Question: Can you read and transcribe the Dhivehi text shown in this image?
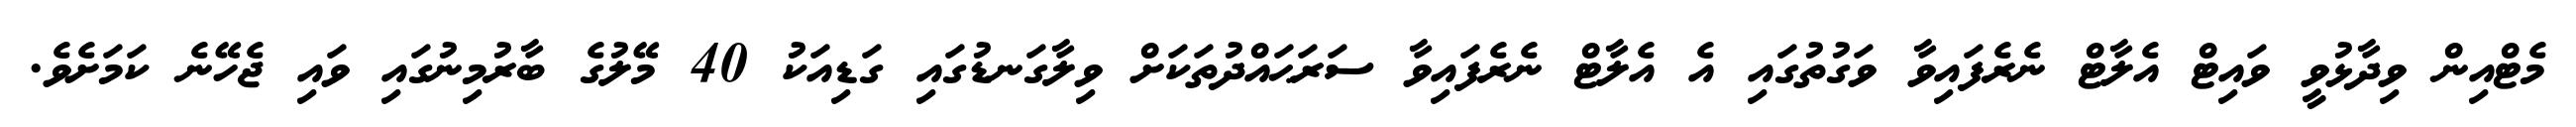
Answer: މެޓްއިން ވިދާޅުވީ ވައިޓް އެލާޓް ނެރެފައިވާ ވަގުތުގައި އެ އެލާޓް ނެރެފައިވާ ސަރަޙައްދުތަކަށް ވިލާގަނޑުގައި ގަޑިއަކު 40 މޭލުގެ ބާރުމިނުގައި ވައި ޖެހޭނެ ކަމަށެވެ.